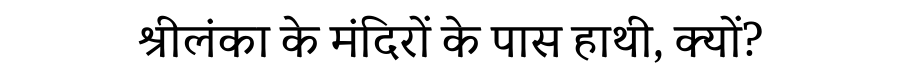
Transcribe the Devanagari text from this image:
श्रीलंका के मंदिरों के पास हाथी, क्यों?